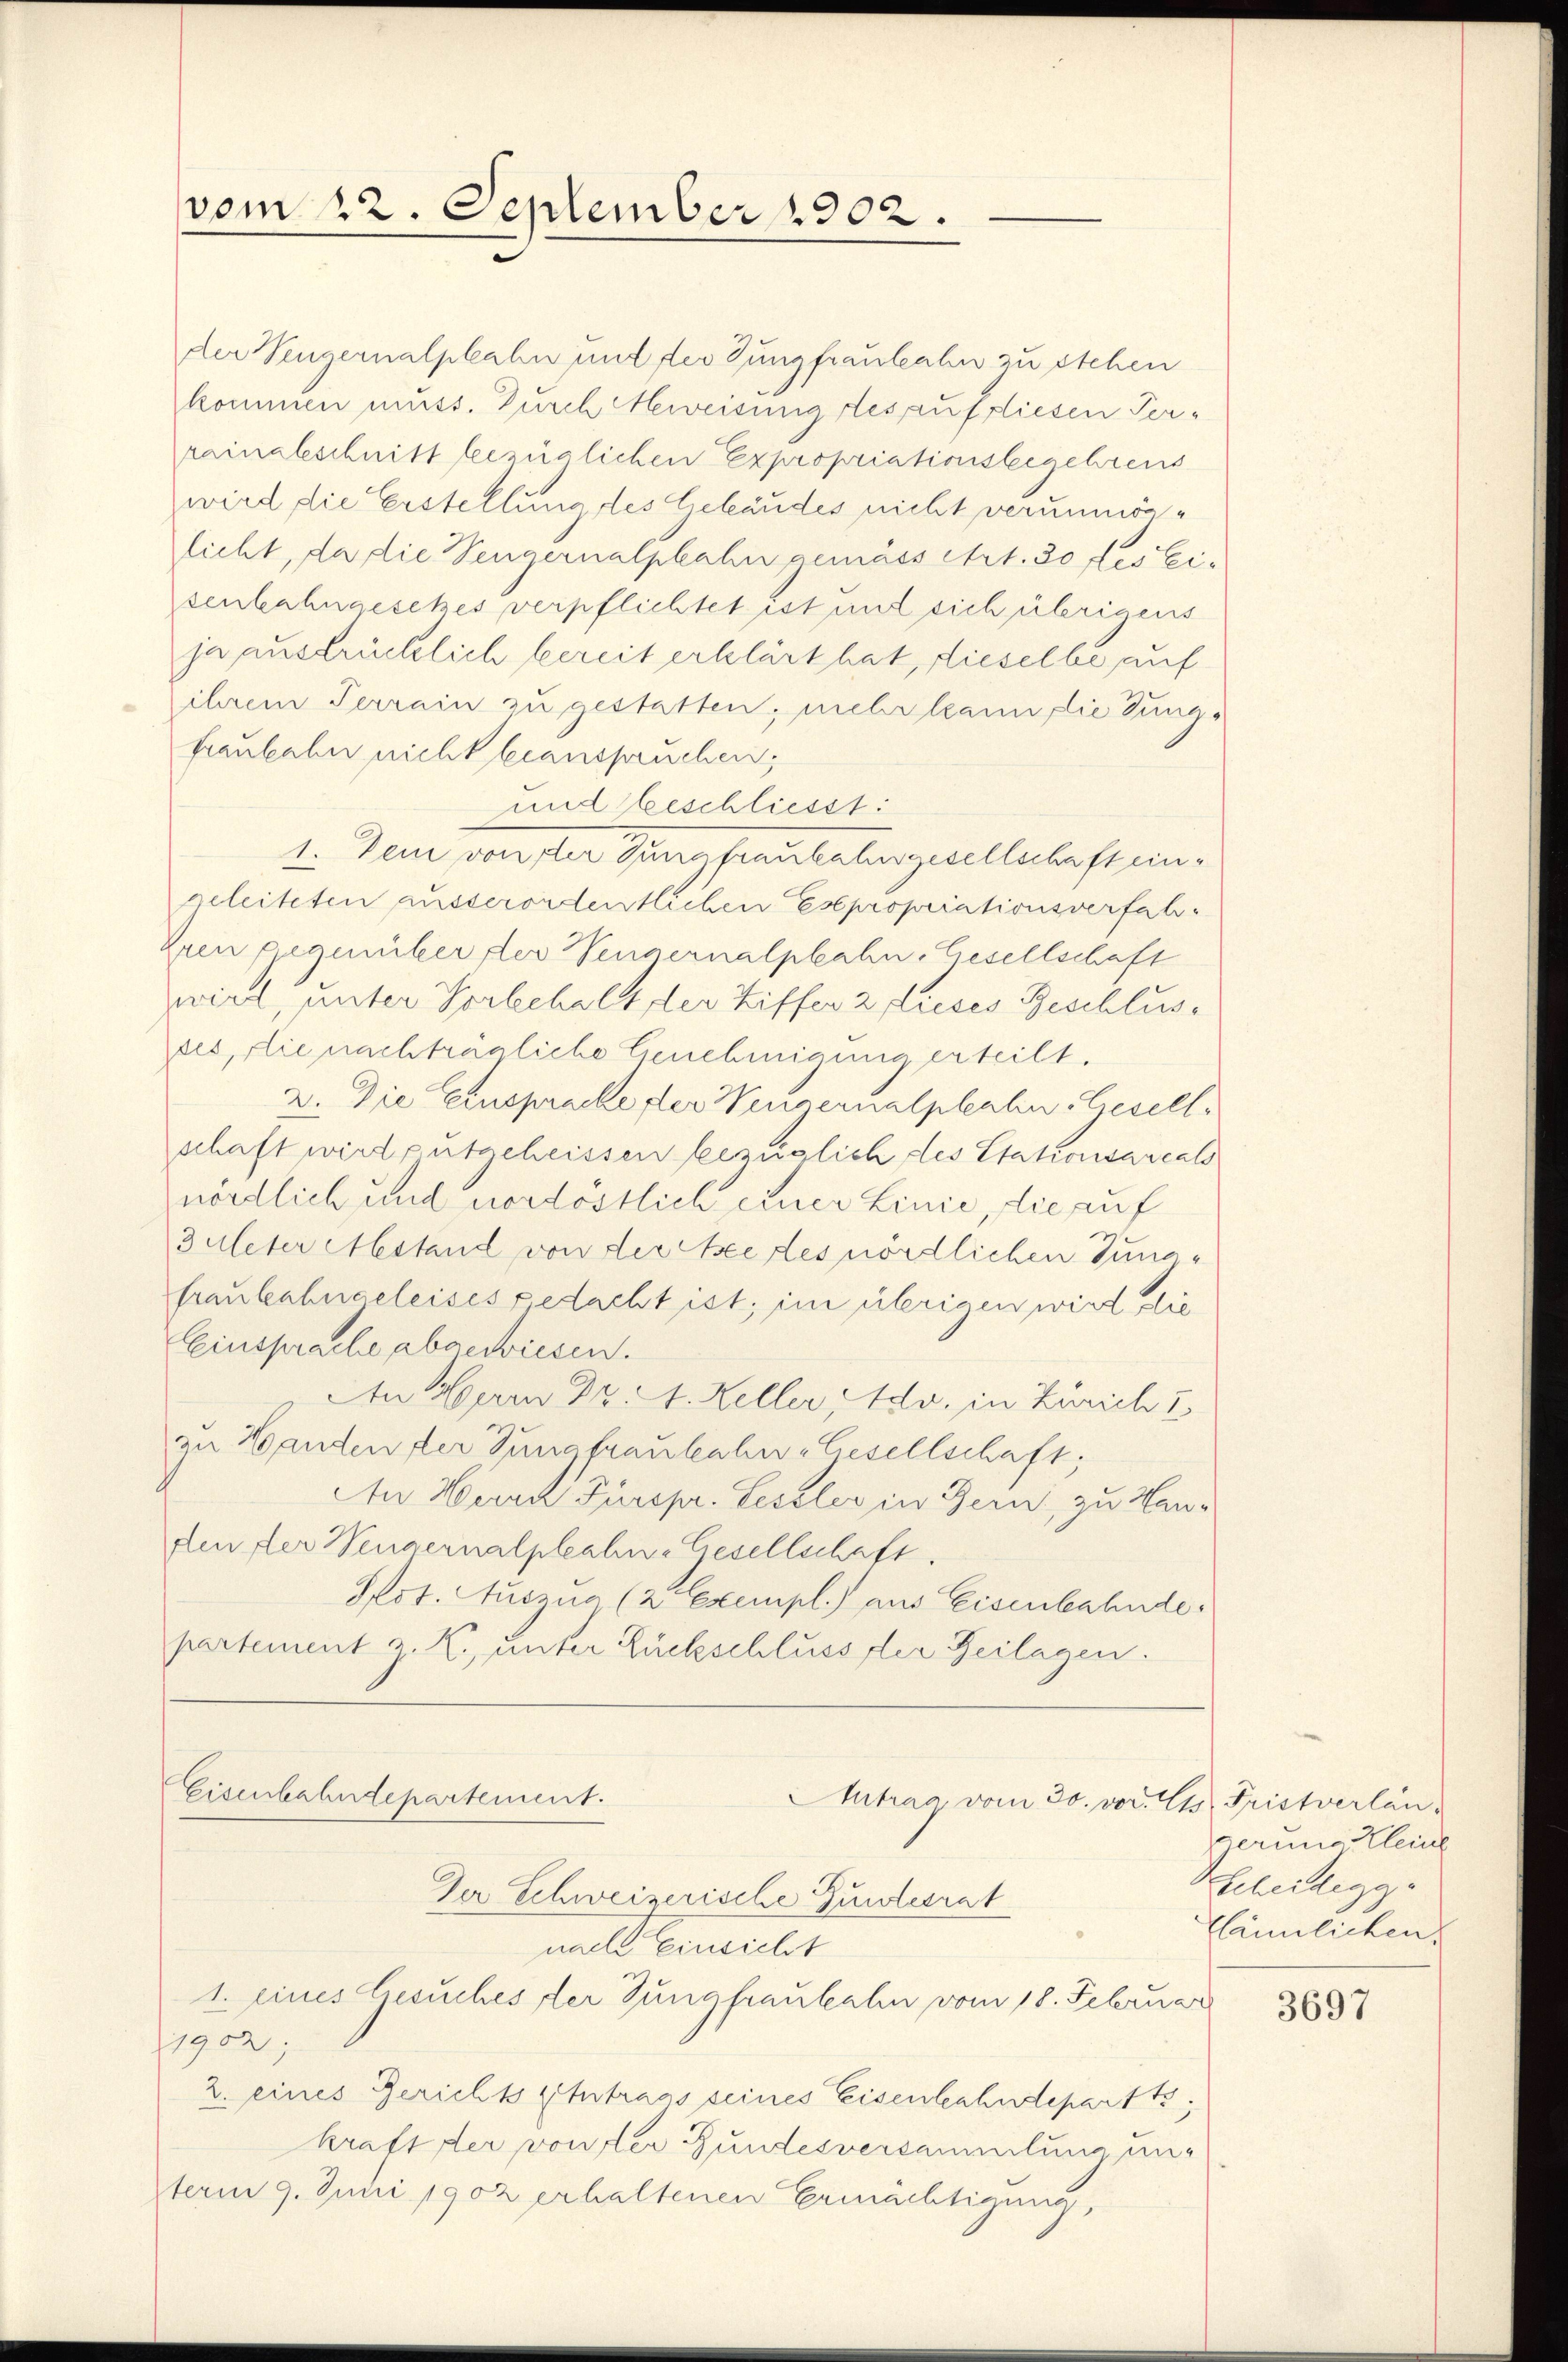
vom 22. September 1902.
—

der Vengernalphahn und der Jungfrauleahn zu stehen
kommen muss. Durch eweisung des auf diesen Perrainalschnitt bezüglichen Expropriationsbegehrens
wird die Erstellung des Gebäudes nicht verunmöglicht, da die Sengernalphahn gemäss Art. 30 des eisenbahngesetzes verpflichtet ist mit sich übrigens
ja ausdrücklich bereit erklärt hat, dieselbe auf
ihrem Terrain zu gestatten, mehr kann die Jungfaubahn nicht beanspruchen,
und beschliesst:
1. Dein von der Jungfraubahngesellschaft eingeleiteten ausserordentlichen Expropriationsverfah¬
Zeen gegenüber der Wennernalphahn, Gesellschaft
wird, unter Vorbehalt der Ziffer 2 dieses Beschlusdes, die nachträuliche Genehmigung erteilt.
2. Die Einsprache der Wengernalplahn-Gesell-
schaft wird entgeheissen bezüglich des Stationsareals
nördlich und nordöstlich einer Linie, die auf
Zuleter Mestand von der ee des nördlichen Jungfraubahngeleises gedacht ist, im übrigen wird die
Einsprache abgewiesen.
An Herrn Dr. A. Keller, Ida, in Zürich I
zu Handen der Jungfraulahn-Gesellschaft;
An Hund Fürspr. Leseler in Bern, zu Handen der Weigernalplahn-Gesellschaft.
Plot. Auszua (2 Exempl.) aus Eisenbahnde
partement z. K. unter Rückschluss der Beilagen.

Der Schweizerische Zuleirat
nach Einsicht
1. eines Gesuches der Jungfraubahn vom 18. Februar
1902,
2. eines Gerichts Antrags seines Eisenbahndepartte
kraft der von der Bundesversammlung anterm 9. Juni 1902 erhaltenen Ermächtigung,

Eisenbahndepartement.

Aitrag, vom 30. vor. Cts. Fristverlan-

gerung Kleine
Scheidegg.
Kännlichen.

3697